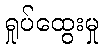
ရှုပ်ထွေးမှု